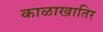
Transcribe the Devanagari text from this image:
काळाखातिर